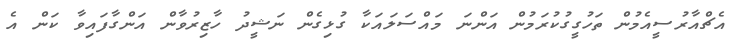
އެޗްއާރުސީއެމުން ތަހުގީގުކުރަމުން އަންނަ މައްސަލައަކާ ގުޅިގެން ނަޝީދު ހާޒިރުވާން އަންގާފައިވާ ކަން އެ